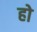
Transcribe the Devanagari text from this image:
हो